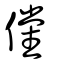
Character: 儻